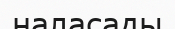
наласады